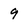
Character: 9